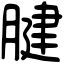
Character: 腱